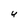
Character: 4